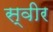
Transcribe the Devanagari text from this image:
स्वीर